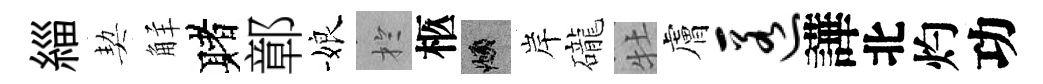
緇契觧赌鄣娘扵柩頫岸礲牡膚匿譁北灼功